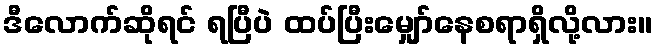
ဒီလောက်ဆိုရင် ရပြီပဲ ထပ်ပြီးမျှော်နေစရာရှိလို့လား။